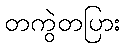
တကွဲတပြား